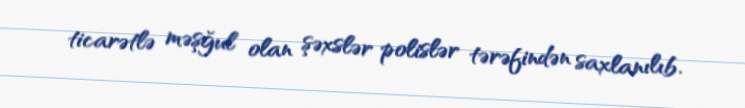
ticarətlə məşğul olan şəxslər polislər tərəfindən saxlanılıb.